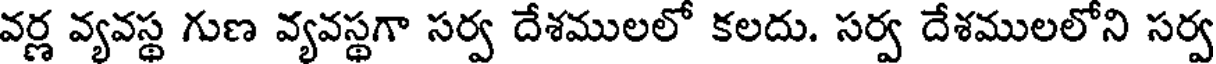
వర్ణ వ్యవస్థ గుణ వ్యవస్థగా సర్వ దేశములలో కలదు. సర్వ దేశములలోని సర్వ